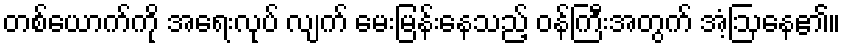
တစ်ယောက်ကို အရေးလုပ် လျက် မေးမြန်းနေသည့် ဝန်ကြီးအတွက် အံ့ဩနေ၏။